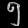
Digit: ၅